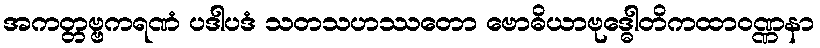
အကတ္တဗ္ဗကရဏံ ပဒါပဒံ သတသဟဿတော ဗောဓိယာဗုဒ္ဓေါတိကထာဝဏ္ဏနာ